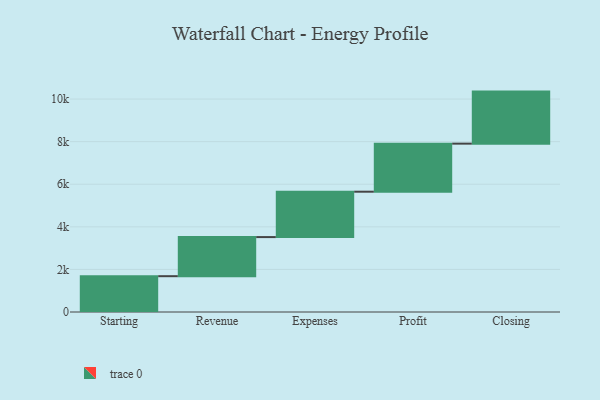
{"axis": {"x": "Step", "y": "Value"}, "legend": [""], "data": [{"x": "Starting", "y": 1682.0, "type": ""}, {"x": "Revenue", "y": 1836.0, "type": ""}, {"x": "Expenses", "y": 2132.0, "type": ""}, {"x": "Profit", "y": 2257.0, "type": ""}, {"x": "Closing", "y": 2444.0, "type": ""}]}